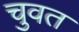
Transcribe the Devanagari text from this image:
चुवत